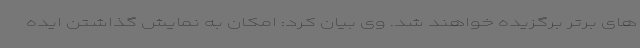
های برتر برگزیده خواهند شد. وی بیان کرد: امکان به نمایش گذاشتن ایده